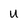
Character: U